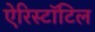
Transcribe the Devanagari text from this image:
ऐरिस्टॉटिल